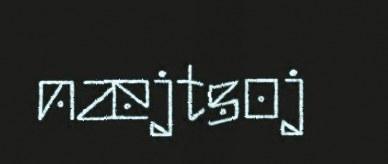
næjtsoj